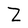
Character: Z